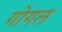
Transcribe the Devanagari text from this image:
गोगल